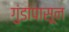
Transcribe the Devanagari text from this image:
गुंडांपासून